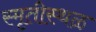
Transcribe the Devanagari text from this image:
स्मृतीस्थळ